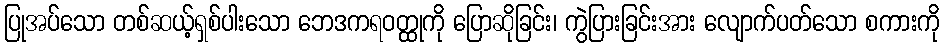
ပြုအပ်သော တစ်ဆယ့်ရှစ်ပါးသော ဘေဒကရဝတ္ထုကို ပြောဆိုခြင်း၊ ကွဲပြားခြင်းအား လျောက်ပတ်သော စကားကို